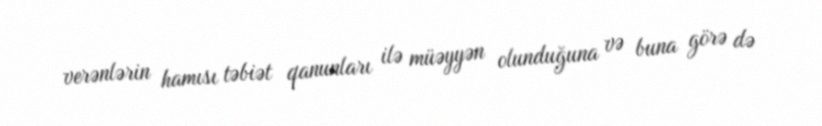
verənlərin hamısı təbiət qanunları ilə müəyyən olunduğuna və buna görə də